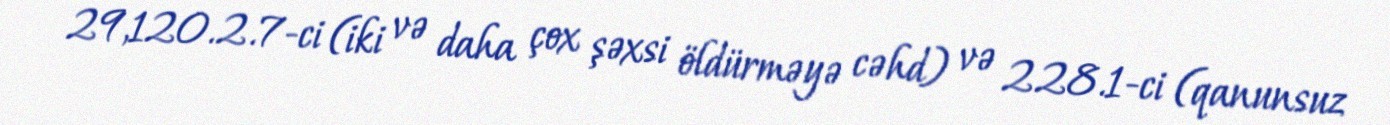
29,120.2.7-ci (iki və daha çox şəxsi öldürməyə cəhd) və 228.1-ci (qanunsuz